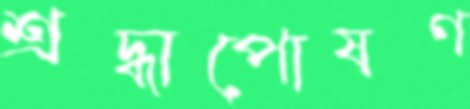
শ্রদ্ধাপোষণ